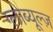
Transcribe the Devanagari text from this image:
ग्लोब्यूल्ज़